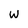
Character: W